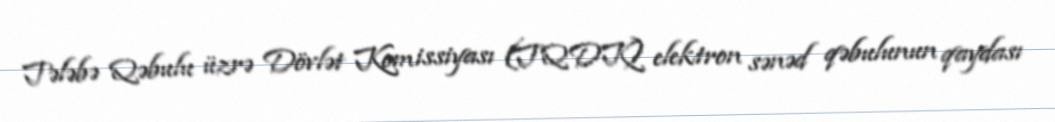
Tələbə Qəbulu üzrə Dövlət Komissiyası (TQDK) elektron sənəd qəbulunun qaydası